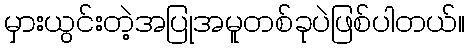
မှားယွင်းတဲ့အပြုအမူတစ်ခုပဲဖြစ်ပါတယ်။